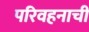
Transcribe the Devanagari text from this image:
परिवहनाची